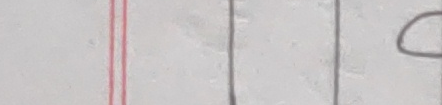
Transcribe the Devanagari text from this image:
हे